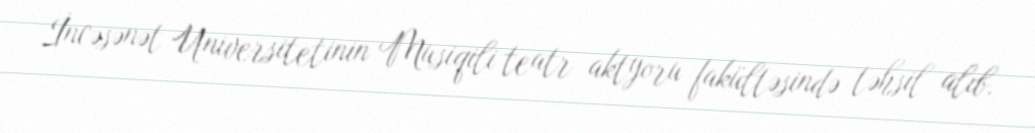
İncəsənət Universitetinin Musiqili teatr aktyoru fakültəsində təhsil alıb.